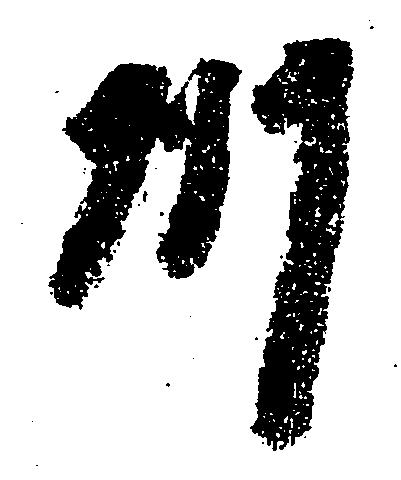
州